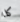
كلا